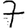
Digit: 7